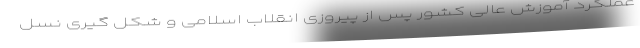
عملکرد آموزش عالی کشور پس از پیروزی انقلاب اسلامی و شکل گیری نسل